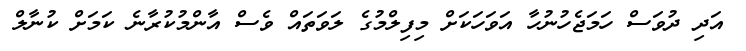
އަދި ދުވަސް ހަމަޖެހުނުހާ އަވަހަކަށް މިފިލްމުގެ ލަވަތައް ވެސް އާންމުކުރާނެ ކަމަށް ކުނާލް